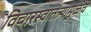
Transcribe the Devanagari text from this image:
विचारस्वातंत्र्यामुळेच